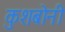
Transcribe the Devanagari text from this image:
कुशबोनी